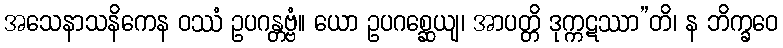
အသေနာသနိကေန ဝဿံ ဥပဂန္တဗ္ဗံ။ ယော ဥပဂစ္ဆေယျ၊ အာပတ္တိ ဒုက္ကဋဿာ”တိ၊ န ဘိက္ခဝေ